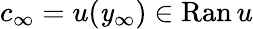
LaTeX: c_{\infty}=u(\mathit{y}_{\infty})\in\mathrm{{Ran}}\, u